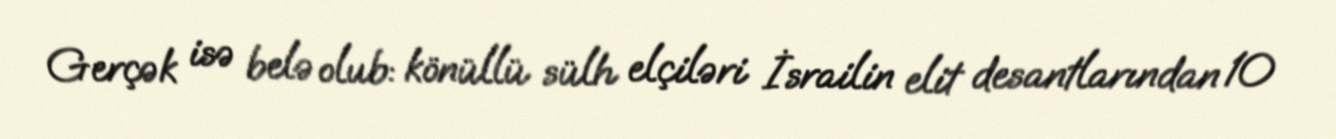
Gerçək isə belə olub: könüllü sülh elçiləri İsrailin elit desantlarından 10